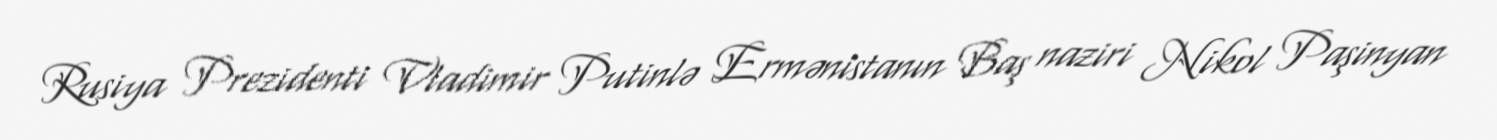
Rusiya Prezidenti Vladimir Putinlə Ermənistanın Baş naziri Nikol Paşinyan